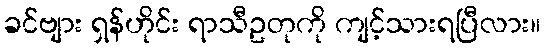
ခင်ဗျား ရှန်ဟိုင်း ရာသီဥတုကို ကျင့်သားရပြီလား။